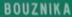
BOUZNika